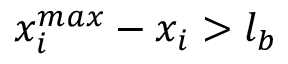
x _ { i } ^ { m a x } - x _ { i } > l _ { b }